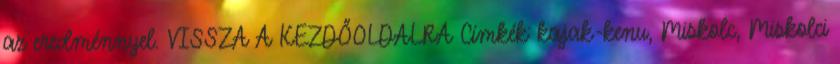
az eredménnyel. VISSZA A KEZDŐOLDALRA Címkék: kajak-kenu, Miskolc, Miskolci